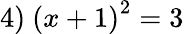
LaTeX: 4)\ \left(x+1\right)^{2}=3